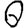
Digit: 0